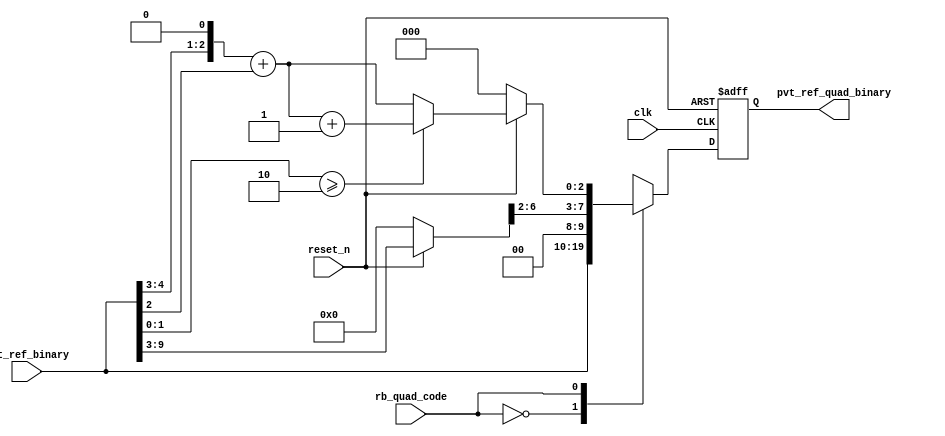
// This program was cloned from: https://github.com/chipsalliance/aib-phy-hardware
// License: Apache License 2.0

// SPDX-License-Identifier: Apache-2.0
// Copyright (C) 2019 Intel Corporation. 
//------------------------------------------------------------------------
// Copyright (c) 2012 Altera Corporation. .
//
//------------------------------------------------------------------------
//------------------------------------------------------------------------
// Description: quadrature phase delay code generation logics
//------------------------------------------------------------------------

//------------------------------------------------------------------------
// To be considered :
// 1. any potential glitch between code switching?
//------------------------------------------------------------------------
module aibcr3_quadph_code_gen 
#(
parameter FF_DELAY     = 200
)
(
   input  wire         clk,                     //reference clock from pll
   input  wire         reset_n,                 //output for dll reset
   input  wire  [9:0]  pvt_ref_binary,          //output binary pvt value for delay chain
   input  wire         rb_quad_code,   		//select between original or quadrature codes
   output reg   [9:0]  pvt_ref_quad_binary 	//quadrature code (binary) for delay chain
);

`ifdef TIMESCALE_EN
  timeunit 1ps;
  timeprecision 1ps;
`endif

wire [6:0]  coarse_bin;
reg [2:0]  fint_bin;
wire [2:0]  fine_bin;
reg [8:0]  coarse_divided_bin;
reg [4:0]  fine_divided_bin, coarse_frac_bin;

          always @(*)
                begin
                        if(~reset_n) begin
                                coarse_divided_bin = 9'b0_0000_0000;
                                fine_divided_bin = 5'b0_0000;
                                coarse_frac_bin = 5'b0_0000;
                                fint_bin = 3'b000;
                        end
                        else  begin
                                coarse_divided_bin = {2'b00,pvt_ref_binary[9:3]};
                                fine_divided_bin = {2'b00,pvt_ref_binary[2:0]};
//                                coarse_frac_bin = {1'b0,coarse_divided_bin[1:0],2'b00};  //****need to finalize what's the ratio between coarse/fine steps. current coding assumes 20ps/5ps=4
                                coarse_frac_bin = {coarse_divided_bin[1:0],3'b000};
                                fint_bin = coarse_frac_bin[4:2] + fine_divided_bin[4:2];
                                         if ((fine_divided_bin[1:0] >= 2'd2)) begin
                                                fint_bin = fint_bin + 3'b001;
                                         end
                                         else begin
                                                fint_bin = fint_bin;
                                         end
                         end
                end

        assign coarse_bin = coarse_divided_bin[8:2];
 	assign fine_bin = fint_bin;

        always @(posedge clk or negedge reset_n)
                begin
                        if(~reset_n) begin
				pvt_ref_quad_binary <= #FF_DELAY 10'b00_0000_0000;
			end
			else case (rb_quad_code)
				1'b0 : pvt_ref_quad_binary <= #FF_DELAY pvt_ref_binary;
				1'b1 : pvt_ref_quad_binary <= #FF_DELAY {coarse_bin,fine_bin};
				default : pvt_ref_quad_binary <= #FF_DELAY {coarse_bin,fine_bin};
			endcase
		end 

endmodule // aibcr_quadph_code_gen